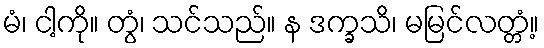
မံ၊ ငါ့ကို။ တွံ၊ သင်သည်။ န ဒက္ခသိ၊ မမြင်လတ္တံ့။